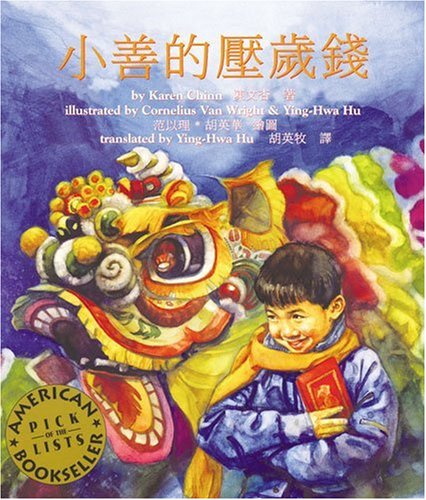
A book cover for Sam and the Lucky Money (Chinese) (Chinese Edition); Karen Chinn; Children's Books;